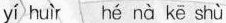
yí huìr hé nà kē shù